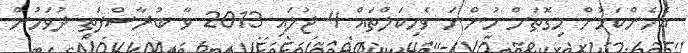
އެހެންކަމުން މިގޮތަށް ހުންނަ ވެހިކަލްތައް 4 ޖުލައި 2013 ވާ ބުރާސްފަތި ދުވަހުން